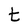
Character: t